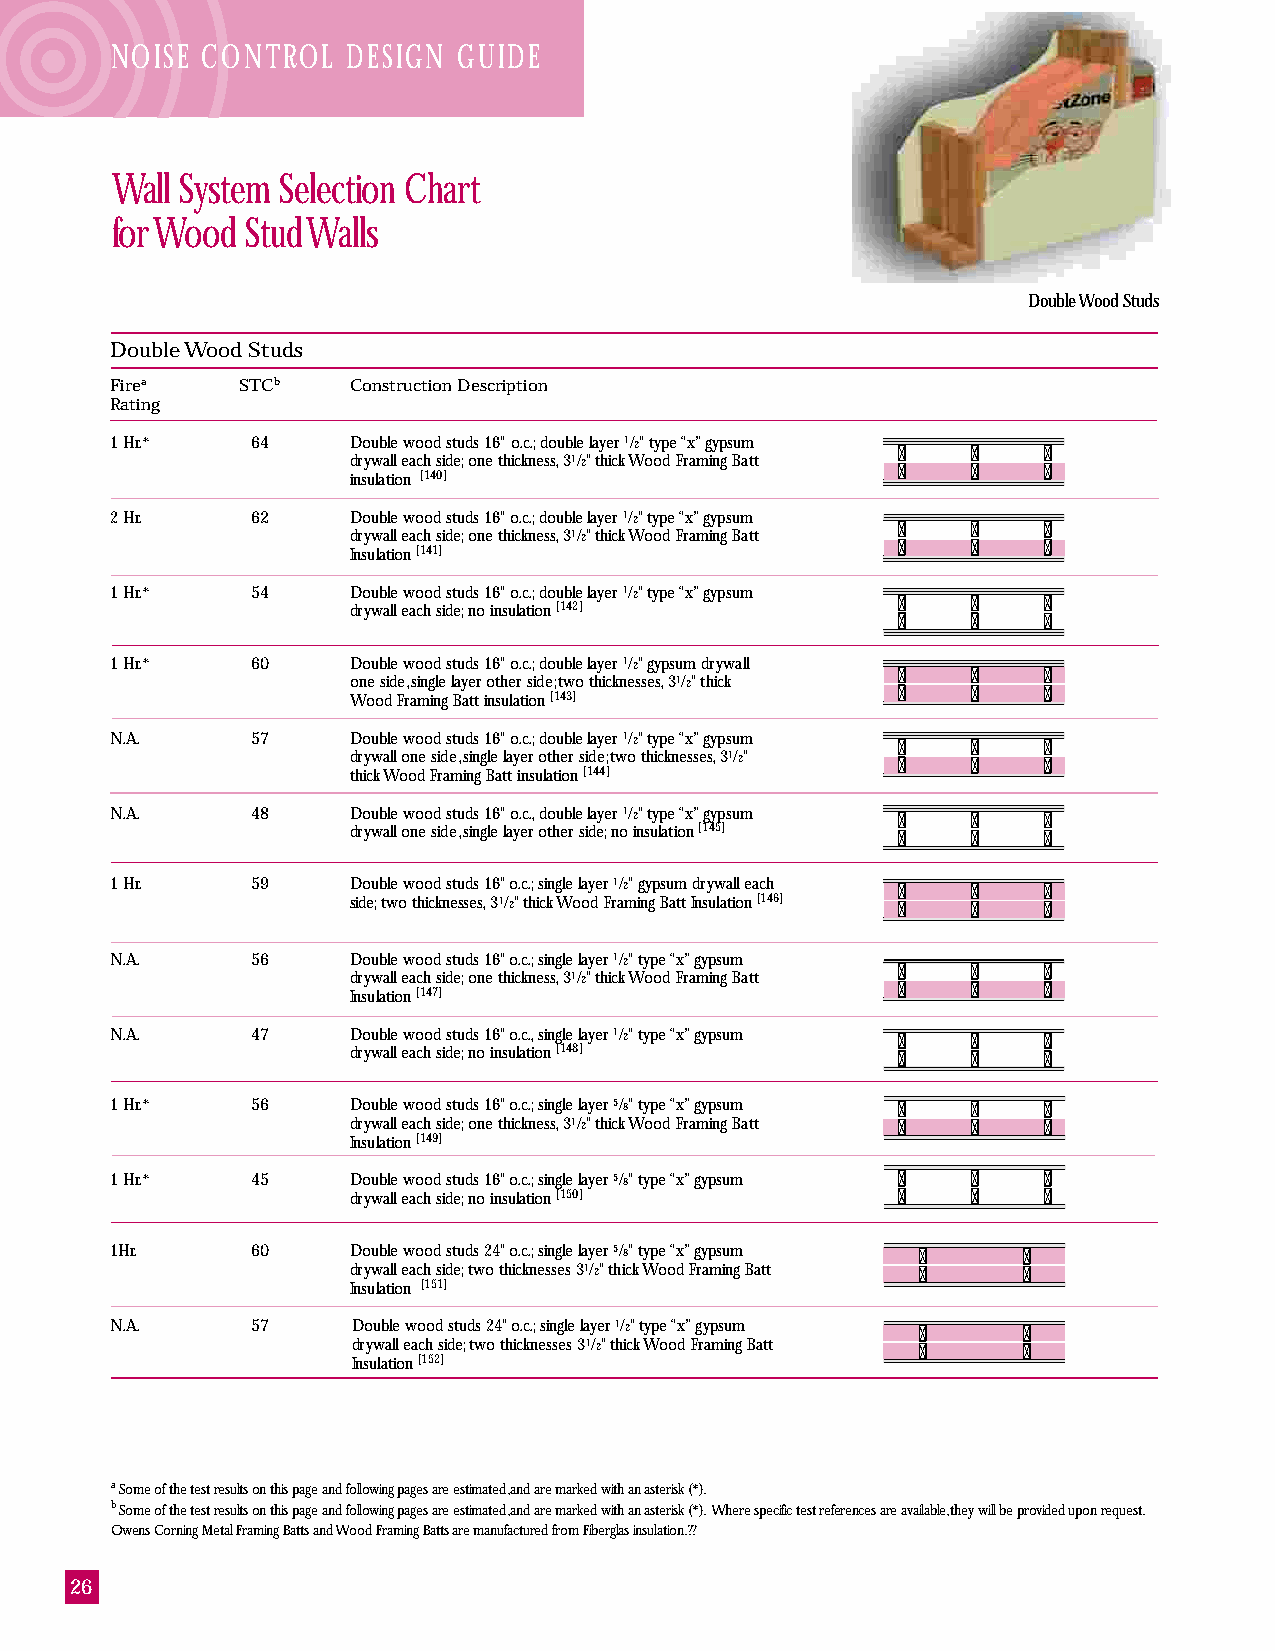
NOISE CONTROL   DESIGN GUIDE
 Wall System Selection Chart
 for Wood Stud Walls
 Double Wood Studs
 Double Wood Studs
 Firea    STCb   Construction Description
 Rating
 1 Hr.*    64    Double wood studs 16" o.c.; double layer 1/2" type “x” gypsum
 drywall each side; one thickness, 31/2" thick Wood Framing Batt
 insulation [140]
 2 Hr.     62    Double wood studs 16" o.c.; double layer 1/2" type “x” gypsum
 drywall each side; one thickness, 31/2" thick Wood Framing Batt
 Insulation [141]
 1 Hr.*    54    Double wood studs 16" o.c.; double layer 1/2" type “x” gypsum
 drywall each side; no insulation [142]
 1 Hr.*    60    Double wood studs 16" o.c.; double layer 1/2" gypsum drywall
 one side, single layer other side; two thicknesses, 31/2" thick
 Wood Framing Batt insulation [143]
 N.A.      57    Double wood studs 16" o.c.; double layer 1/2" type “x” gypsum
 drywall one side, single layer other side; two thicknesses, 31/2"
 thick Wood Framing Batt insulation [144]
 N.A.      48    Double wood studs 16" o.c., double layer 1/2" type “x” gypsum
 drywall one side, single layer other side; no insulation [145]
 1 Hr.     59    Double wood studs 16" o.c.; single layer 1/2" gypsum drywall each
 side; two thicknesses, 31/2" thick Wood Framing Batt Insulation [146]
 N.A.      56    Double wood studs 16" o.c.; single layer 1/2" type “x” gypsum
 drywall each side; one thickness, 31/2" thick Wood Framing Batt
 Insulation [147]
 N.A.      47    Double wood studs 16" o.c., single layer 1/2" type “x” gypsum
 drywall each side; no insulation [148]
 1 Hr.*    56    Double wood studs 16" o.c.; single layer 5/8" type “x” gypsum
 drywall each side; one thickness, 31/2" thick Wood Framing Batt
 Insulation [149]
 1 Hr.*    45    Double wood studs 16" o.c.; single layer 5/8" type “x” gypsum
 drywall each side; no insulation [150]
 1Hr.      60    Double wood studs 24" o.c.; single layer 5/8" type “x” gypsum
 drywall each side; two thicknesses 31/2" thick Wood Framing Batt
 Insulation [151]
 N.A.      57    Double wood studs 24" o.c.; single layer 1/2" type “x” gypsum
 drywall each side; two thicknesses 31/2" thick Wood Framing Batt
 Insulation [152]
 aSome of the test results on this page and following pages are estimated, and are marked with an asterisk (*).
 bSome of the test results on this page and following pages are estimated, and are marked with an asterisk (*). Where specific test references are available, they will be provided upon request.
 Owens Corning Metal Framing Batts and Wood Framing Batts are manufactured from Fiberglas insulation. ??
 26